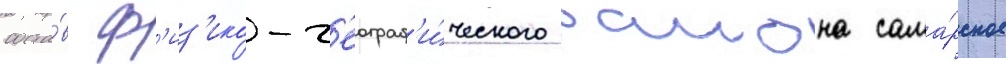
соста́в ф'из'ико-г'еограф'и́ческого раиона сама́рское